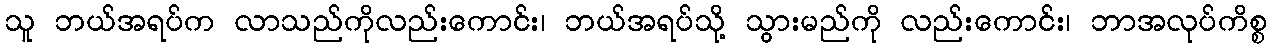
သူ ဘယ်အရပ်က လာသည်ကိုလည်းကောင်း၊ ဘယ်အရပ်သို့ သွားမည်ကို လည်းကောင်း၊ ဘာအလုပ်ကိစ္စ